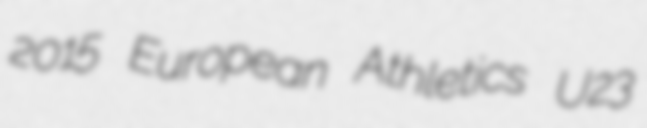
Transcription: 2015 European Athletics U23